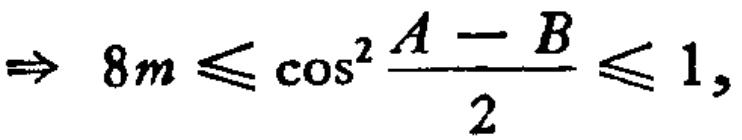
$\Rightarrow 8m\leqslant \cos ^{2}\frac{A - B}{2}\leqslant 1,$